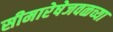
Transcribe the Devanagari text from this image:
सीमारेषेजवळच्या